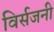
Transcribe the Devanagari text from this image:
विर्सजनी